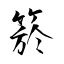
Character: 箊